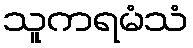
သူကရမံသံ